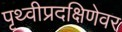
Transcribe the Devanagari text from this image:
पृथ्वीप्रदक्षिणेवर